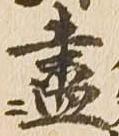
尽